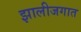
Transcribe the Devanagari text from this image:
झालीजगात